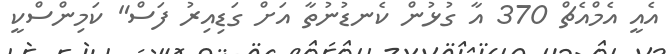
އެއީ އެމްއެޗް 370 އާ ގުޅުން ކެނޑުނުތާ އަށް ގަޑިއިރު ފަސް" ކަމިންސްކީ